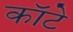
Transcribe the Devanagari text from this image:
कॉटे